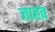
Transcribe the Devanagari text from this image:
जाहव